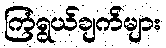
ကြံရွယ်ချက်များ